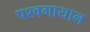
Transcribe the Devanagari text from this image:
पश्वगायान